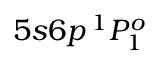
5 s 6 p \, ^ { 1 } P _ { 1 } ^ { o }